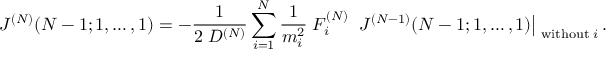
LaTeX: J ^ { ( N ) } ( N - 1 ; 1 , \ldots , 1 ) = - \frac { 1 } { 2 \; D ^ { ( N ) } } \sum _ { i = 1 } ^ { N } \frac { 1 } { m _ { i } ^ { 2 } } \; F _ { i } ^ { ( N ) } \; \left. J ^ { ( N - 1 ) } ( N - 1 ; 1 , \ldots , 1 ) \right| _ { \mathrm { \scriptsize ~ w i t h o u t } \; i } .